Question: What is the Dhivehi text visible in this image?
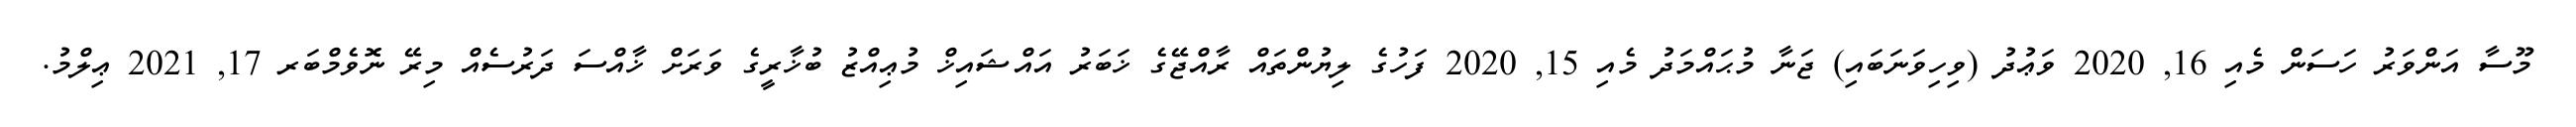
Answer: މޫސާ އަންވަރު ހަސަން މެއި 16, 2020 ވަޢުދު (ވިހިވަނަބައި) ޖަނާ މުޙައްމަދު މެއި 15, 2020 ފަހުގެ ލިޔުންތައް ރާއްޖޭގެ ޚަބަރު އައްޝައިޚް މުޢިއްޒު ބުޚާރީގެ ވަރަށް ޚާއްސަ ދަރުސެއް މިރޭ ނޮވެމްބަރ 17, 2021 ޢިލްމު.